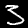
Label: 3